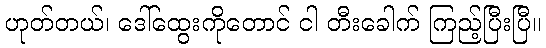
ဟုတ်တယ်၊ ဒေါ်ထွေးကိုတောင် ငါ တီးခေါက် ကြည့်ပြီးပြီ။